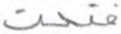
فتحت